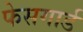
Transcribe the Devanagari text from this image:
फेसगार्ड